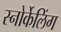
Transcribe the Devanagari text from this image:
स्नोर्केलिंग